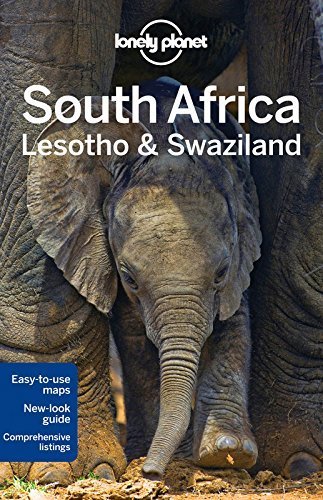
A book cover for Lonely Planet South Africa, Lesotho & Swaziland (Travel Guide) by Lonely Planet, Bainbridge, James, Armstrong, Kate, Corne, Lu (2012) Paperback; Bainbridge, James, Armstrong, Kate, Corne, Lu Lonely Planet; Travel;